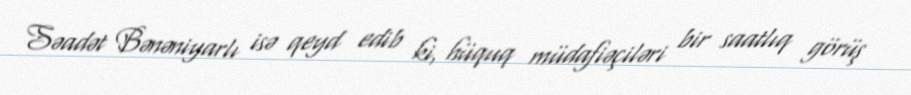
Səadət Bənəniyarlı isə qeyd edib ki, hüquq müdafiəçiləri bir saatlıq görüş